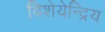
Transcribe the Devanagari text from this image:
विशेयेन्द्रिय